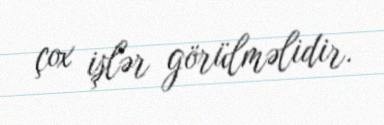
çox işlər görülməlidir.